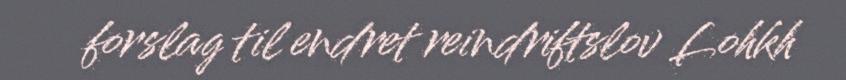
forslag til endret reindriftslov Lohkh